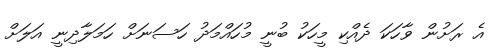
އެ ރަށުން ވާހަކަ ދެއްކި މީހަކު ބުނީ މުހައްމަދު ހަސަނަށް ހަމަލާދިނީ އަލަށް